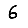
Digit: 6